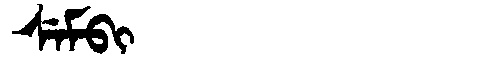
Manchu: ᠰᡝᠮᠪᡳ
Romanization: SEMBI